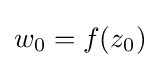
w_{0}=f(z_{0})